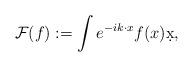
LaTeX: \begin{align*} \mathcal{F} ( f) := \int e^{ - i k \cdot x} f ( x) \d x,\end{align*}